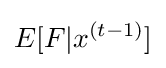
E[F|x^{(t-1)}]